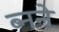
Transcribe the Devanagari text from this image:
ब्नने